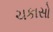
ચકાસો